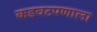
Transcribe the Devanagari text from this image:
कडवटपणाला